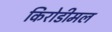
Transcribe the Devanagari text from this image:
किरोडीमल